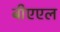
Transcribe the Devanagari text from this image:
बीएएल